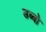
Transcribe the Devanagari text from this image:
डब्बो